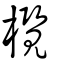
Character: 欖